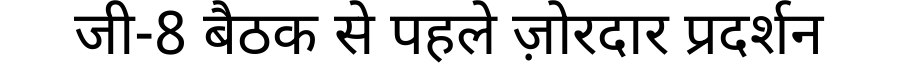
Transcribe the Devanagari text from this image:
जी-8 बैठक से पहले ज़ोरदार प्रदर्शन